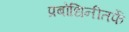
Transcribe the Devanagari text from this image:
प्रबोधिनीतर्फे